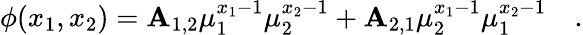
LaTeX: \phi(x_{1},x_{2})=\mathbf{A}_{1,2}\mu_{1}^{x_{1}-1}\mu_{2}^{x_{2}-1}+\mathbf{A}_{2,1}\mu_{2}^{x_{1}-1}\mu_{1}^{x_{2}-1}\quad.